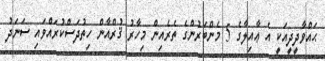
ޙައްވާދީދީއަކީ އެ ޢާއިލާގެ 5 މެންބަރުންގެ ތެރެއިން މިހާރު ޤުރްއާން ހިތުދަސްކުރައްވައި ސަނަދު